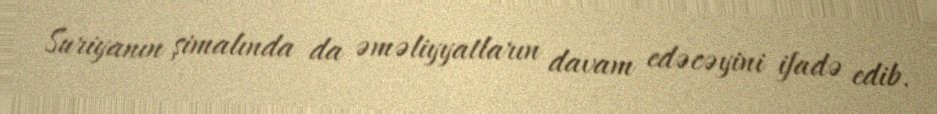
Suriyanın şimalında da əməliyyatların davam edəcəyini ifadə edib.